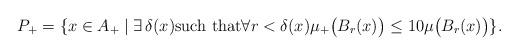
LaTeX: \begin{align*}P_+ = \{x \in A_+\mid \exists \, \delta(x) \hbox{such that}\forall r < \delta(x)\mu_+\big(B_r(x)\big) \leq 10\mu\big(B_r(x)\big)\}.\end{align*}